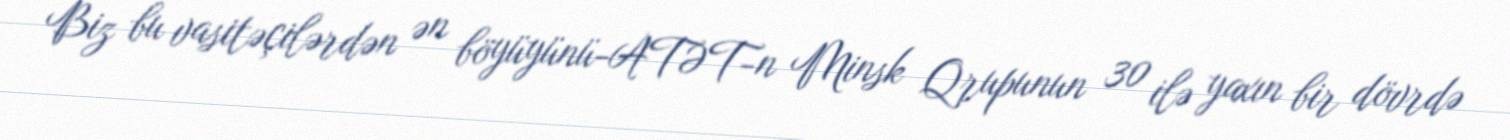
Biz bu vasitəçilərdən ən böyüyünü-ATƏT-n Minsk Qrupunun 30 ilə yaxın bir dövrdə